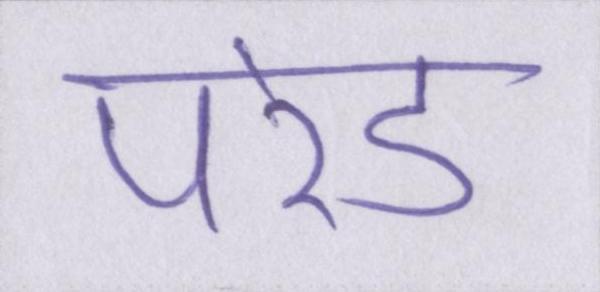
परेड